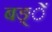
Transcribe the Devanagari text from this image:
बङ्ें